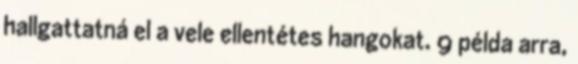
hallgattatná el a vele ellentétes hangokat. 9 példa arra,